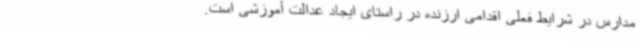
مدارس در شرایط فعلی اقدامی ارزنده در راستای ایجاد عدالت آموزشی است.